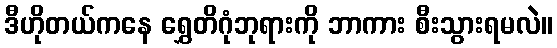
ဒီဟိုတယ်ကနေ ရွှေတိဂုံဘုရားကို ဘာကား စီးသွားရမလဲ။